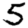
Digit: 5